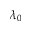
\lambda _ { 0 }